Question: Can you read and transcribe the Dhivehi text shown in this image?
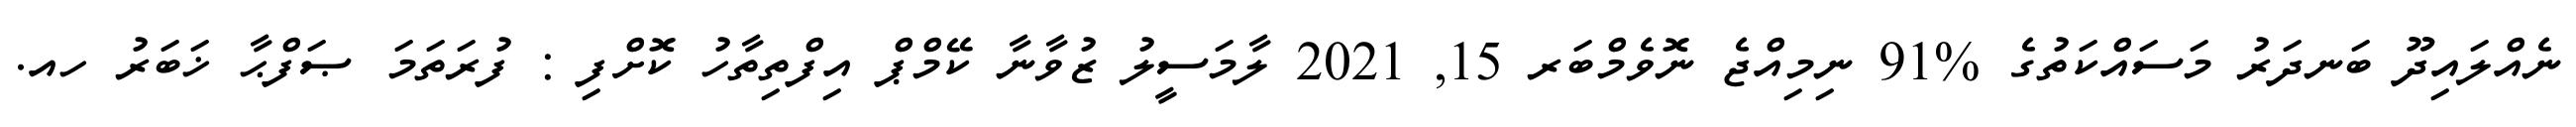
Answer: ނެއްލައިދޫ ބަނދަރު މަސައްކަތުގެ %91 ނިމިއްޖެ ނޮވެމްބަރ 15, 2021 ލާމަސީލު ޒުވާނާ ކޭމްޕް އިފްތިތާހު ކޮށްފި : ފުރަތަމަ ޞަފްޙާ ޚަބަރު ހއ.